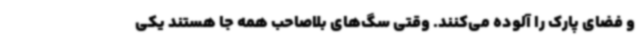
و فضای پارک را آلوده می‌کنند. وقتی سگ‌های بلاصاحب همه جا هستند یکی